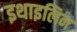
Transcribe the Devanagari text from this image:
इथाइलिन